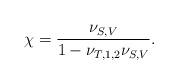
LaTeX: \begin{align*}\begin{aligned}\chi=\frac{\nu_{S,V}}{1-\nu_{T,1,2}\nu_{S,V} }.\end{aligned}\end{align*}